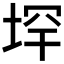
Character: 𪣟